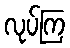
လုပ်ကြ